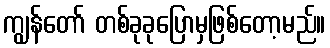
ကျွန်တော် တစ်ခုခုပြောမှဖြစ်တော့မည်။